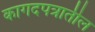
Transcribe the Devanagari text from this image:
कागदपत्रातील